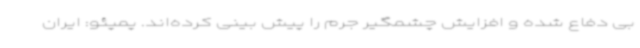
بی دفاع شده و افزایش چشمگیر جرم را پیش بینی کرده‌اند. پمپئو: ایران